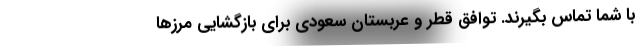
با شما تماس بگیرند. توافق قطر و عربستان سعودی برای بازگشایی مرزها